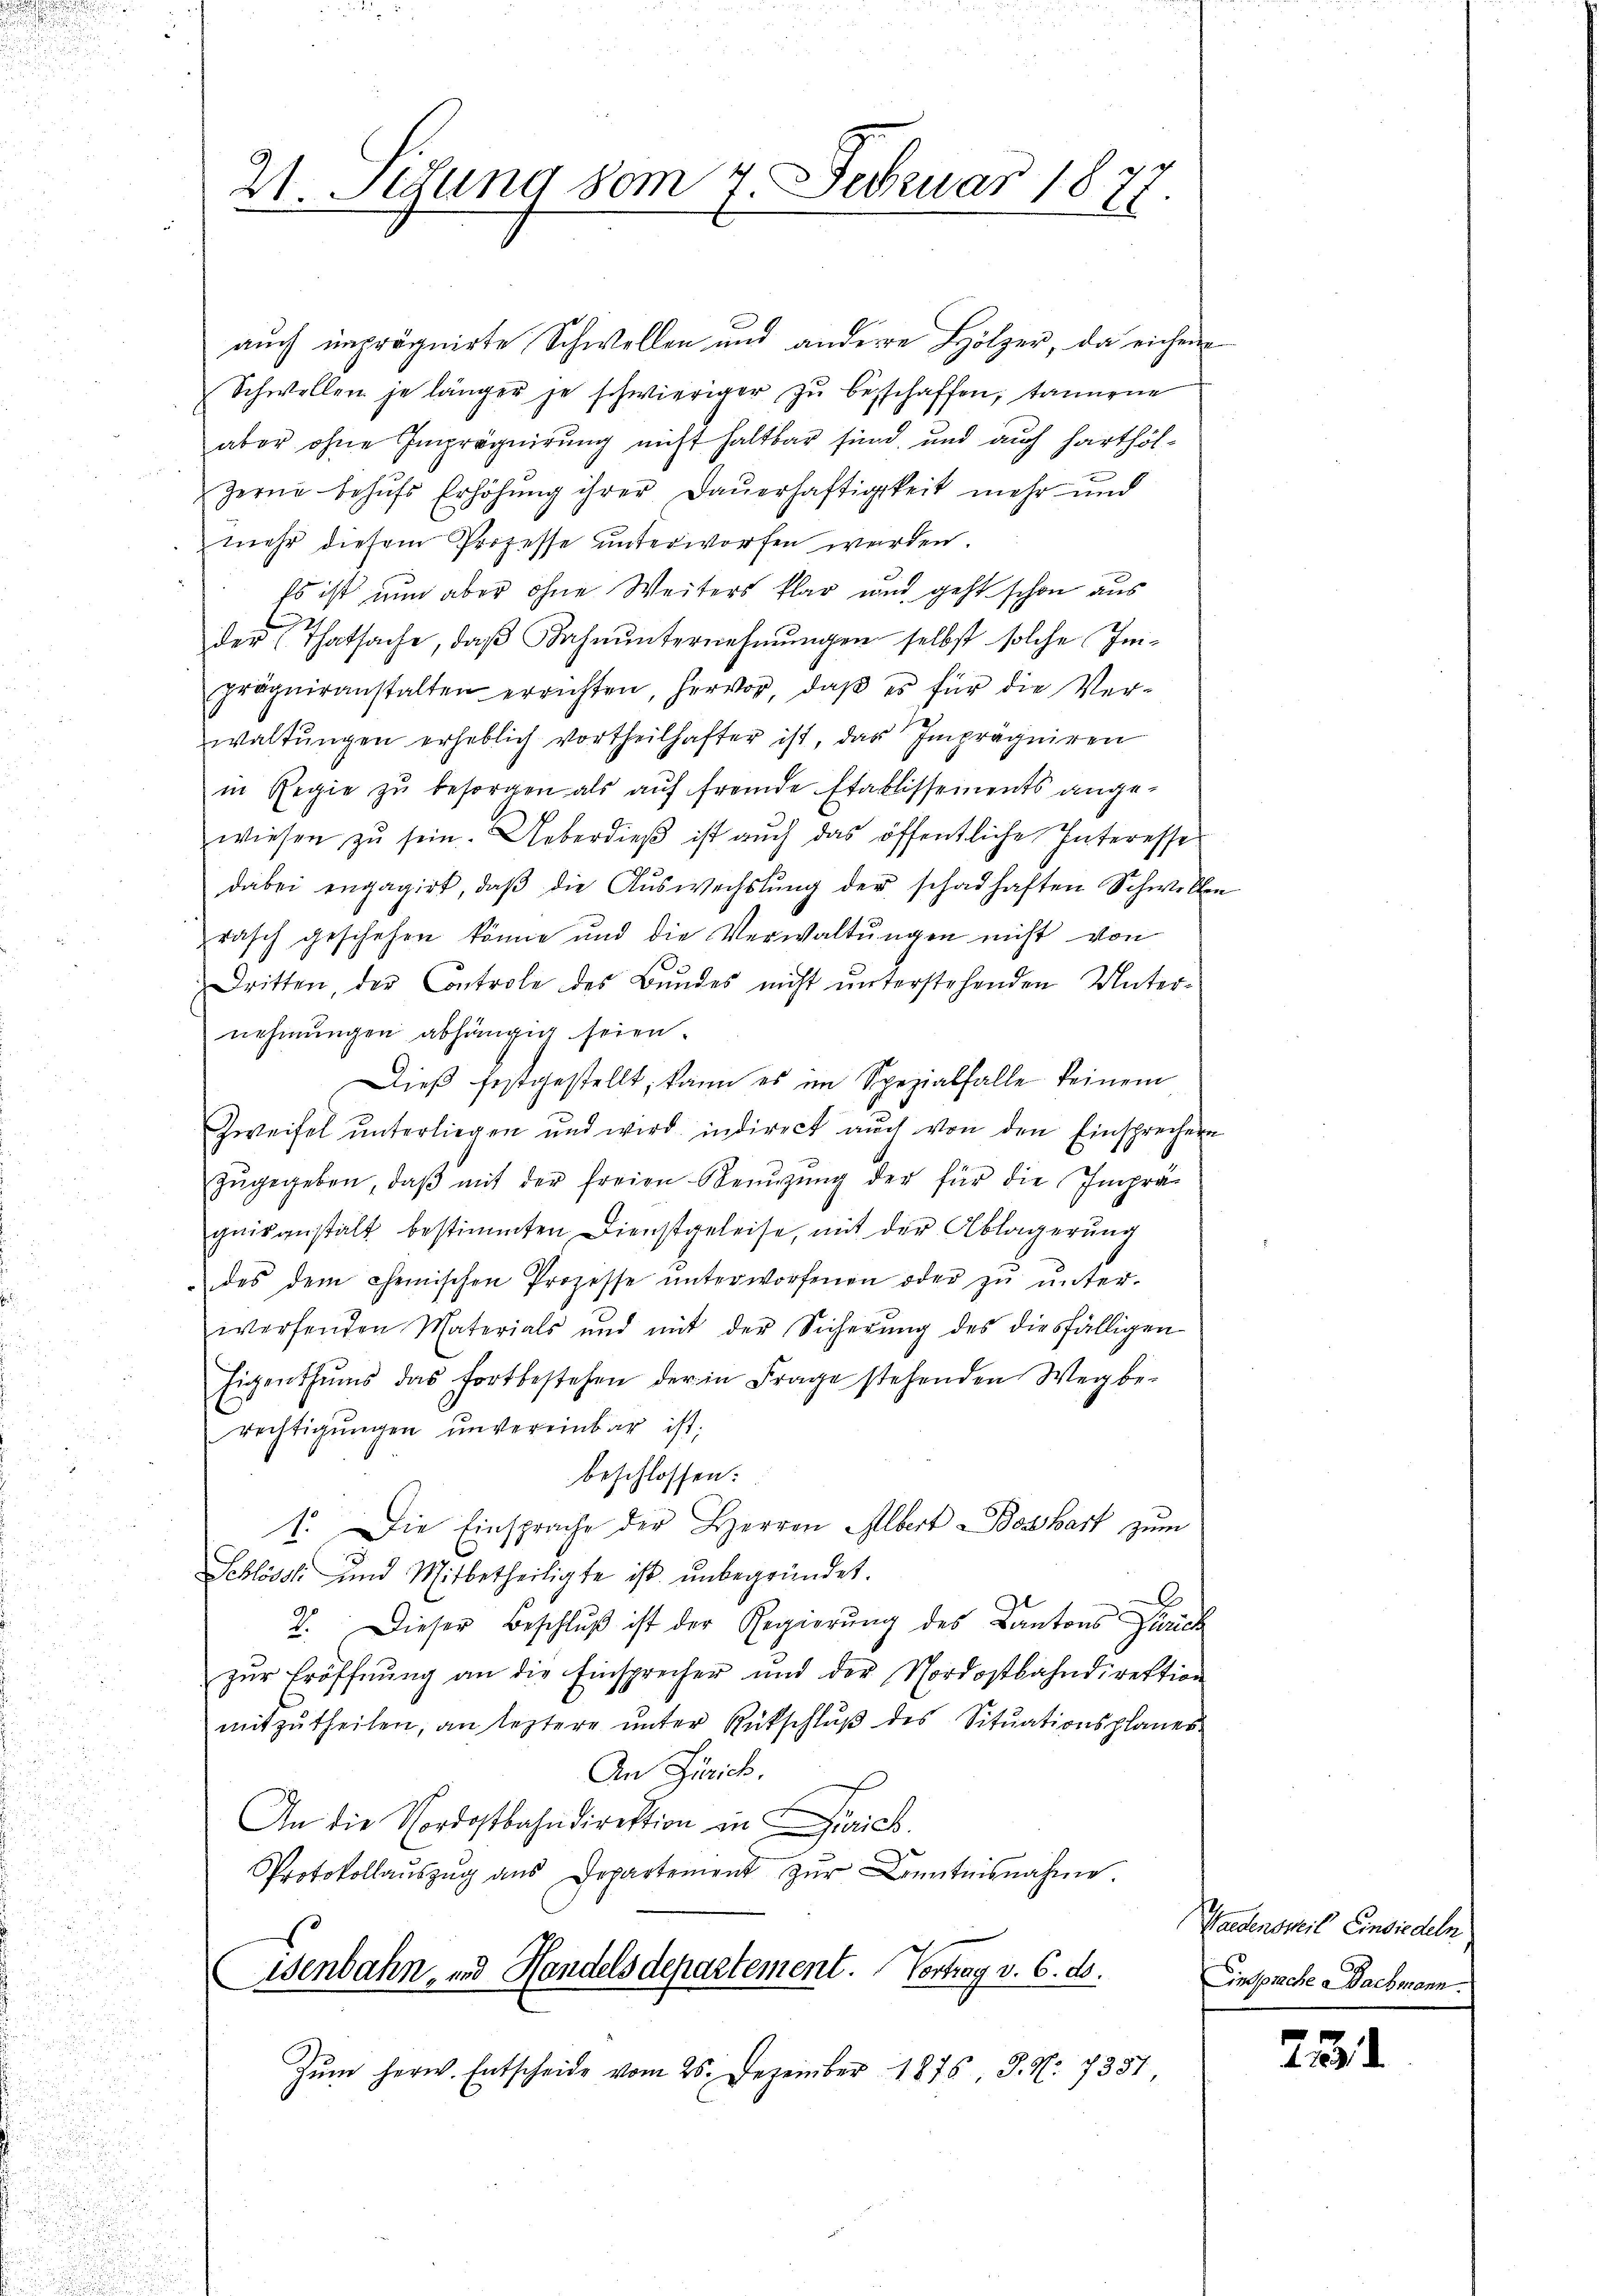
21. Sitzung vom 4. Februar 1877.
“

auch imprägnirte Schwellen und andere Hölzer, da eichen
Schwellen je länger je schwieriger zŭ beschaffen, tannene
aber ohne Emprägnirung nicht haltbar sind, und auch harthöl¬
Zerne behufs Erhöhung ihrer Dauerhaftigkeit mehr und
mehr diesem Prozesse unterworfen werden.
Es ist nun aber ohne Weiters klar und geht schon aus
22.
der (Thatsache, daβ Bahnunternehmungen selbst solche In-
prägniranstalten errichten, hervor, daβ es für die Ver-
waltŭngen erheblich vortheilhafter ist, das Imprägniren
in Regie zŭ besorgen als aŭf fremde Etablissements ange-
wiesen zŭ sein. Ueberdieβ ist auch das öffentliche Interesse
dabei engagirt, daβ die Aŭswechslung der schadhaften Schwellen
rasch geschehen könne und die Verwaltŭngen nicht von
Dritten, der Controle des Bundes nicht unterstehenden Unternehmungen abhängig seien.
Dieß festgestellt, kann es im Spezialfalle keinem
Zweifel ŭnterliegen und wird indirect aŭch von den Einsprechern
zŭgegeben, daβ mit der freien Neŭzŭng der für die Imprä-
gaisanstalt bestimmten Dienstgeleise, mit der Ablagerung
"das dem Chemischen Prozesse ŭnterworfenen oder zŭ ŭnter-
worfenden Materials und mit der Sicherŭng des diesfälligen
Eigenthŭms das fortbestehen der in Frage stehenden Wegbe-
rechtigŭngen unvereinbar ist;
2
beschlossen:
1. Die Einsprache der Herren Albert Bossart zum
e
i
Schlösst und Mitbetheiligte ist unbegründet.
d
2. Dieser Beschlŭβ ist der Regierŭng des Kantons Zürich
zŭr Eröffnŭng an die Einsprecher und der Nordostbahndirektion
mitzŭtheilen, an leztere unter Rückschlŭβ des Situationsplaner
An Zürich.
An die Nordostbahndirektion in ich.
Protokollaŭszŭg ans Departement zŭr Kenntnisnahme.
isenbahn- und Handelsdepartement. Vertrag v. 6. ds.
Zŭm herw. Entscheide vom 26. Dezember 1876, S. Nr. 7357
u

Gardensweil Einsiedeln
Einpache Bachmann.

25